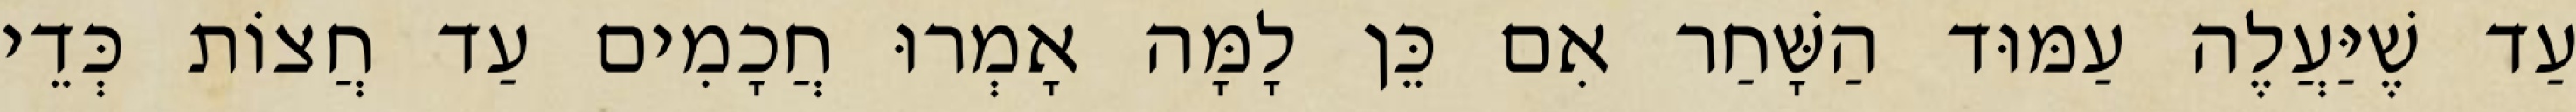
עַד שֶׁיַּעֲלֶה עַמּוּד הַשָּׁחַר אִם כֵּן לָמָּה אָמְרוּ חֲכָמִים עַד חֲצוֹת כְּדֵי